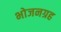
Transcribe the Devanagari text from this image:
भोजनग्रह